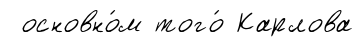
основно́м того́ Карлова